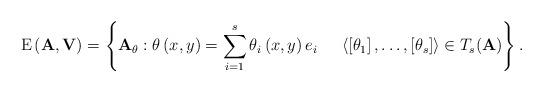
LaTeX: \begin{align*}{\rm E}\left( {\bf A},{\bf V}\right) =\left\{ {\bf A}_{\theta }:\theta \left( x,y\right) = \sum_{i=1}^{s}\theta _{i}\left( x,y\right) e_{i} \ \ \ \ \left\langle \left[ \theta _{1}\right],\dots,\left[ \theta _{s}\right] \right\rangle \in T_{s}({\bf A}) \right\} .\end{align*}